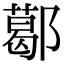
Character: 𨞛